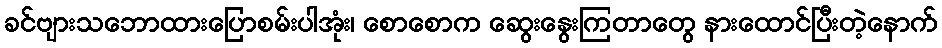
ခင်ဗျားသဘောထားပြောစမ်းပါအုံး၊ စောစောက ဆွေးနွေးကြတာတွေ နားထောင်ပြီးတဲ့နောက်